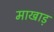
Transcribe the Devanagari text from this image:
माखाड़